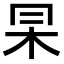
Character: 𠕖